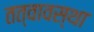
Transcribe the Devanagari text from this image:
तत्वावस्था